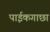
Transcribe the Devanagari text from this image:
पाईकगाछा